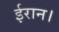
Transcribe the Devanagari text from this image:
ईरान।